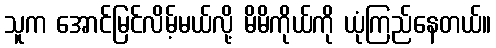
သူက အောင်မြင်လိမ့်မယ်လို့ မိမိကိုယ်ကို ယုံကြည်နေတယ်။